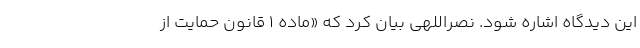
این دیدگاه اشاره شود. نصراللهی بیان کرد که «ماده 1 قانون حمایت از